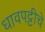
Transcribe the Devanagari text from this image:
धावपट्टीचे